Insane asylums in Bengal annual reports 1867-1875 - 1867-1875
Year: 1867
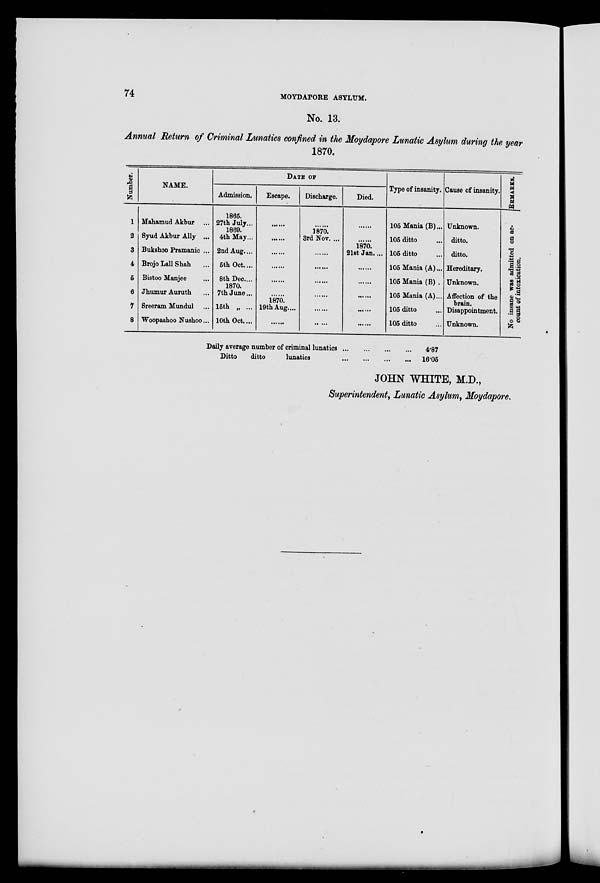
N
1
2
3
4
5
6
7
8
Mahamud Akbur ...
Syud Akbur Ally ...
Bukshoo Pramanic ...
Brojo Lall Shah ...
Bistoo Manjee ...
Jhumur Auruth ...
Sreeram Mundul ...
Woopashoo Nushoo ...
Admission.
1865.
27th July...
1869.
4th May ...
2nd Aug. ...
5th Oct. ...
8th Dec. ...
1870.
7th June ...
15th „ ...
10th Oct....
Escape.
........
........
........
........
........
1870.
19thAug....
........
Discharge.
........
1870.
3rd Nov. ...
........
........
........
........
........
........
Died.
........
1870
21st Jan....
........
........
........
........
........
105 Mania (B)...
105 ditto ...
105 ditto ...
105 Mania (A)...
105 Mania (B) .
105 Mania (A)...
105 ditto ...
105 ditto ...
Unknown
ditto.
ditto.
Hereditar
Unknown
Affection
brain.
Disappoin
Unknown
Daily average number of criminal lunatics
...
...
...
...
Ditto
ditto
lunatics
...
...
...
...
4.87
16.05
JOHN WHITE, M.D
Superintendent, Lunatic Asylum, M